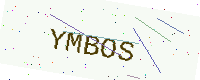
Text: YMBOS